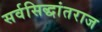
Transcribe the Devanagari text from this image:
सर्वसिद्धांतराज